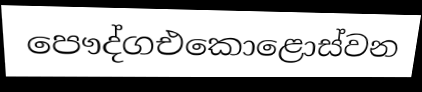
පෞද්ගඑකොළොස්වන